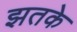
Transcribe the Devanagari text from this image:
झतके